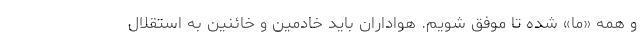
و همه «ما» شده تا موفق شویم. هواداران باید خادمین و خائنین به استقلال